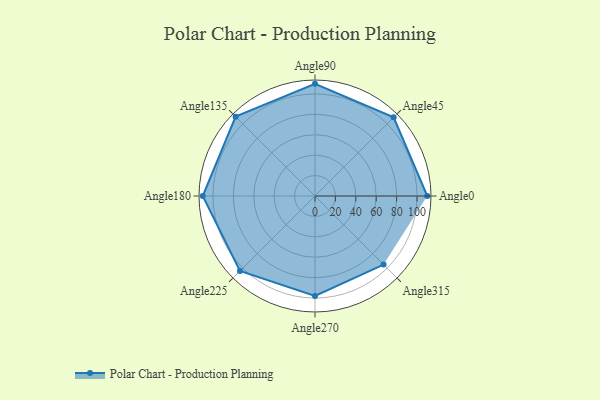
{"axis": {"x": "Angle", "y": "Radius"}, "legend": [""], "data": [{"x": "Angle0", "y": 110.0, "type": ""}, {"x": "Angle45", "y": 109.0, "type": ""}, {"x": "Angle90", "y": 110.0, "type": ""}, {"x": "Angle135", "y": 110.0, "type": ""}, {"x": "Angle180", "y": 110.0, "type": ""}, {"x": "Angle225", "y": 104.0, "type": ""}, {"x": "Angle270", "y": 98.0, "type": ""}, {"x": "Angle315", "y": 95.0, "type": ""}]}